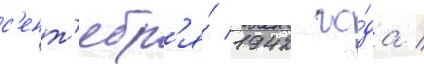
с'ент'ябр'я́ 1942 го́да /